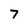
Character: 7